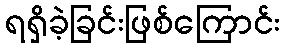
ရရှိခဲ့ခြင်းဖြစ်ကြောင်း